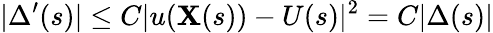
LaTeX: |\Delta^{\prime}(s)|\leq C|u(\mathbf{X}(s))-U(s)|^{2}=C|\Delta(s)|